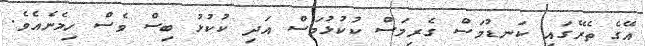
އޭގެ ތެރޭގައި ކަނޑުމަސް ގެރިމަސް ކުކުޅުމަސް އަދި ކުކުޅު ބިސް ވެސް ހިމެނެއެވެ.